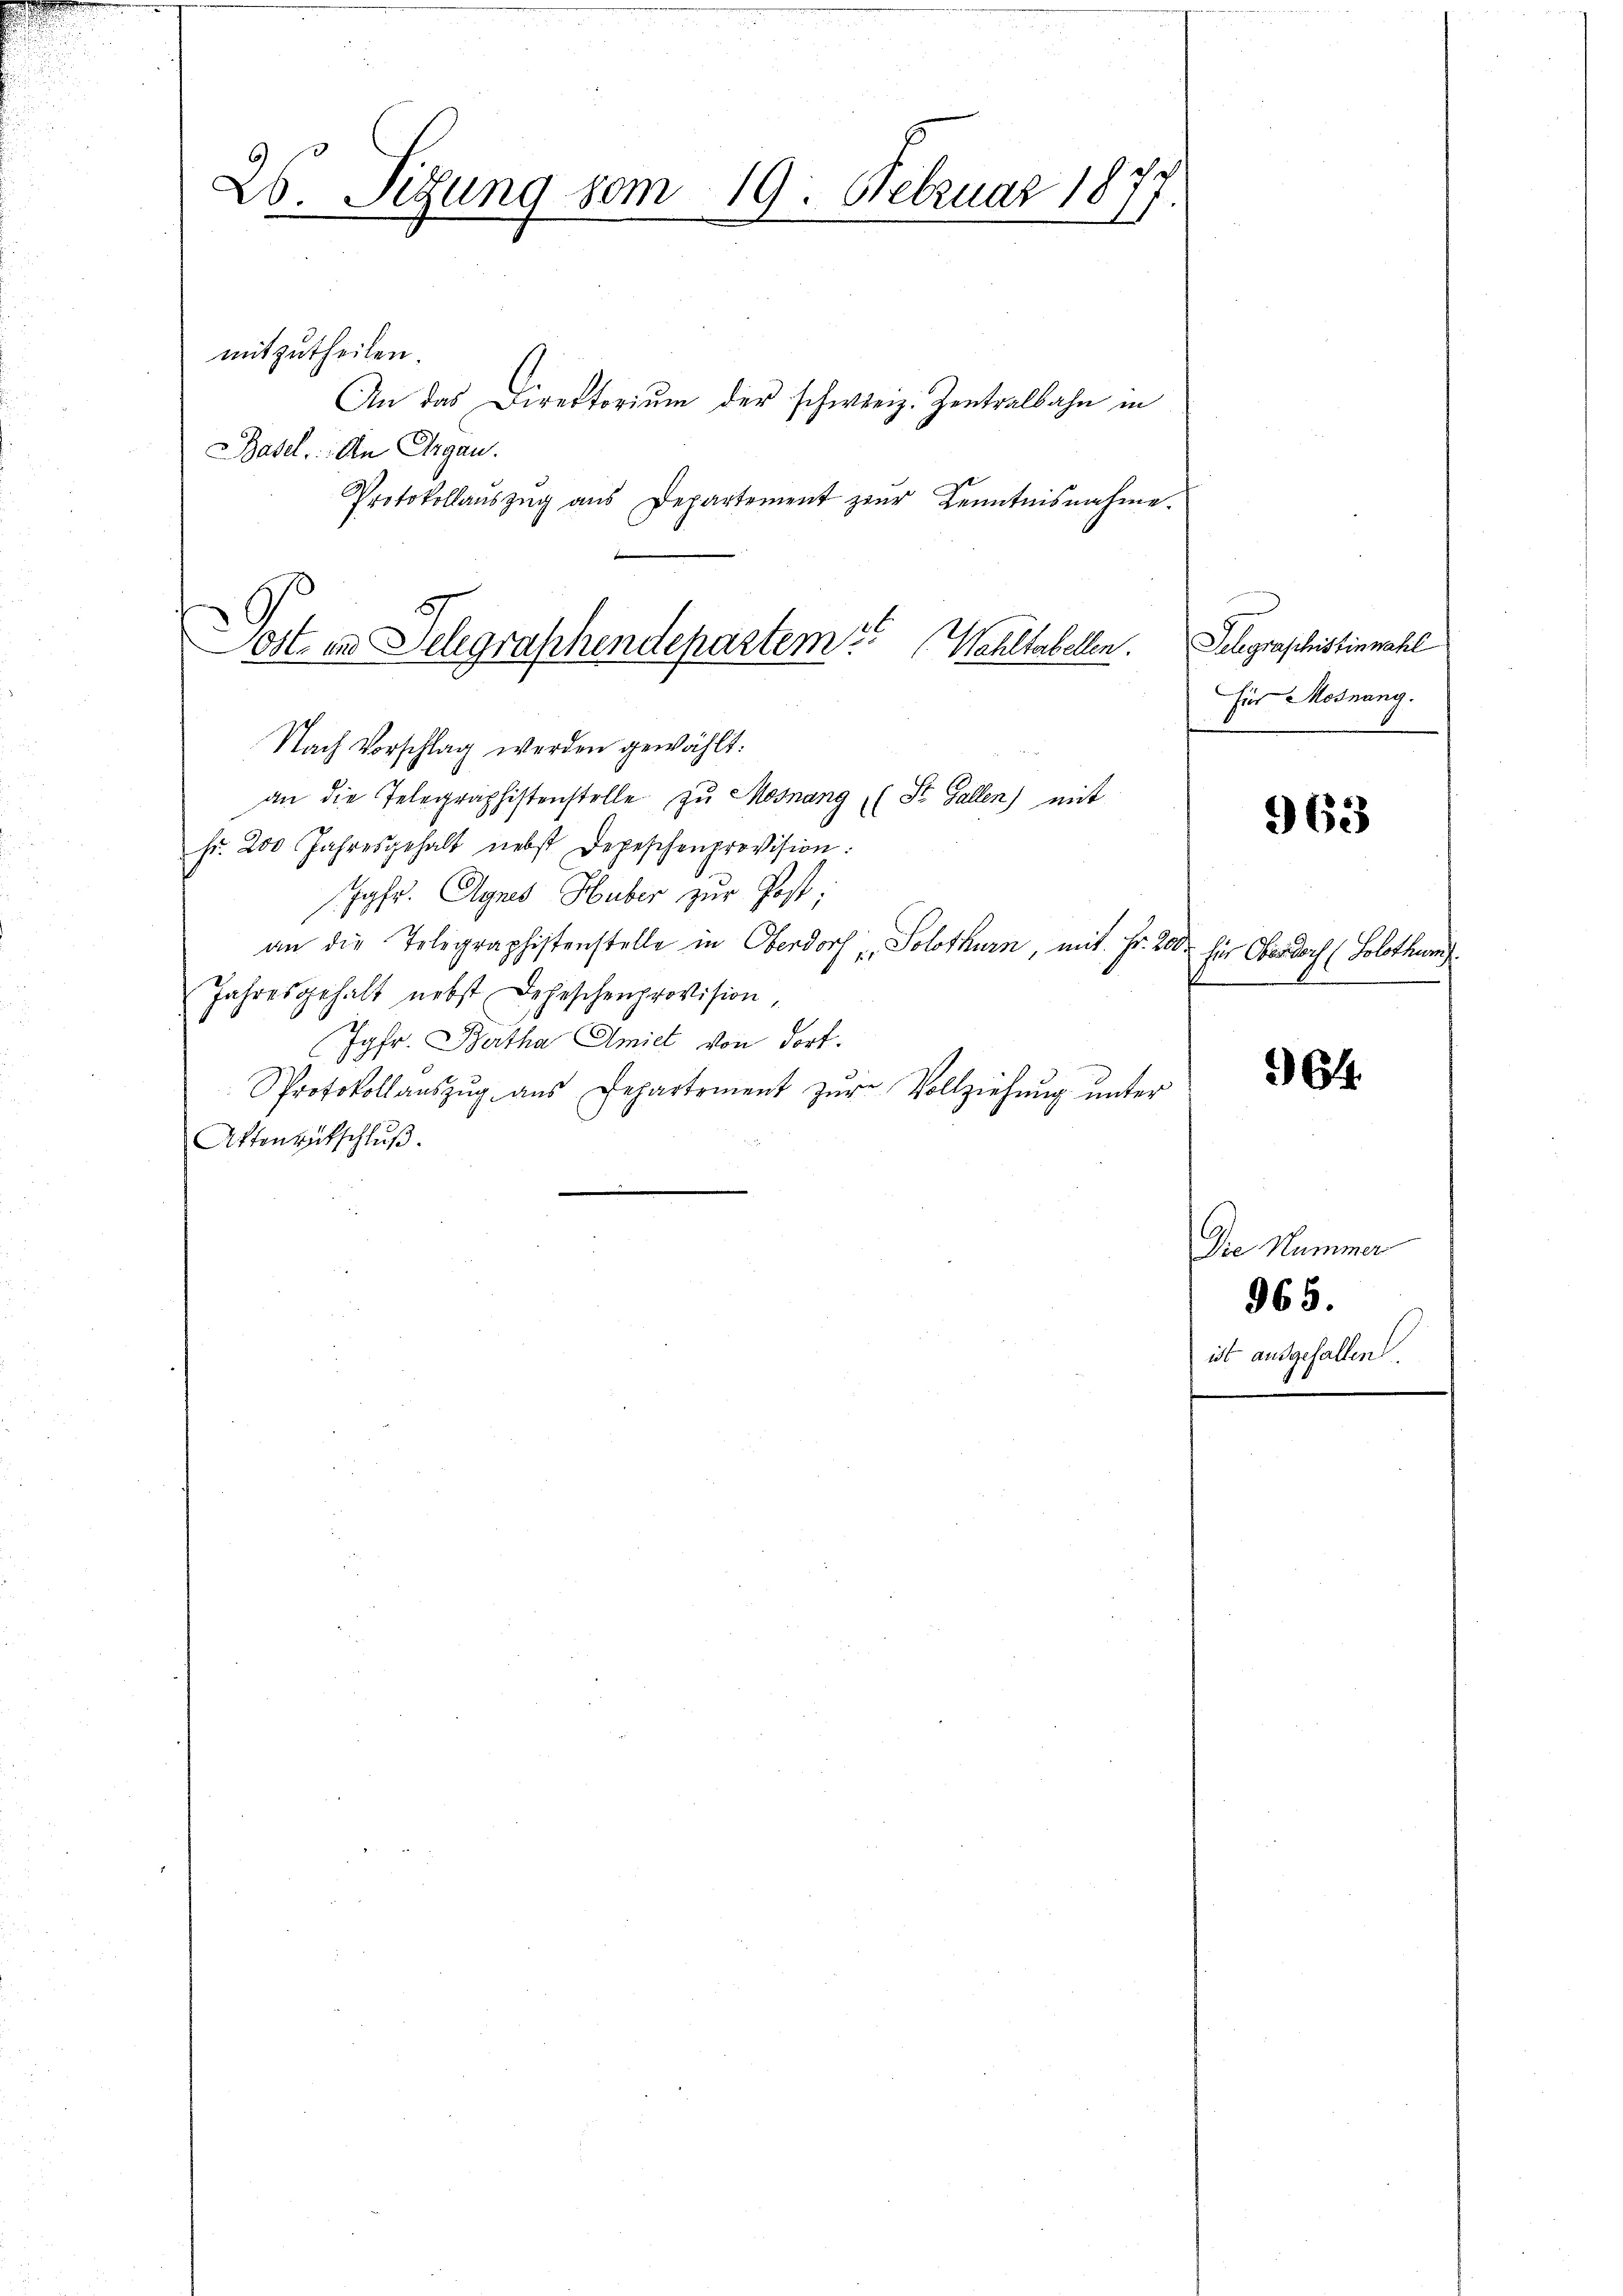
26. Sigung vom 19. Februar 1877.

mitzutheilen.
An das Direktorium der schweiz. Zentralbahn in
Basel. An Argau.
Protokollauszug aus Departement zur Kenntnisnahme.
Nach Vorschlag werden gewählt:
an die Telegraphistenstelle zu Mosnang (St. Gallen) mit
fr. 200 Jahresgehalt nebst Depeschenprovision:
Jgfr. Agnes Huber zur Post;
an die Telegraphistenstelle in Oberdorf Solothurn, mit Fr. 200 für Oberdoch (Solothur
Jahresgehalt nebst Lehrschenprovision,
Jgfr. Bartha Amiet von dort.
Protokollaŭszŭg aŭs Departement zŭr Vollziehŭng ŭnter
Attenentschluß.

Tott in Telegraphendepartem Wahlstabellen.

Telegraschistinnahl
für Mosnang.

963

f

964.

Die Nummer
965.
E
ist ausgefallen.
e
18